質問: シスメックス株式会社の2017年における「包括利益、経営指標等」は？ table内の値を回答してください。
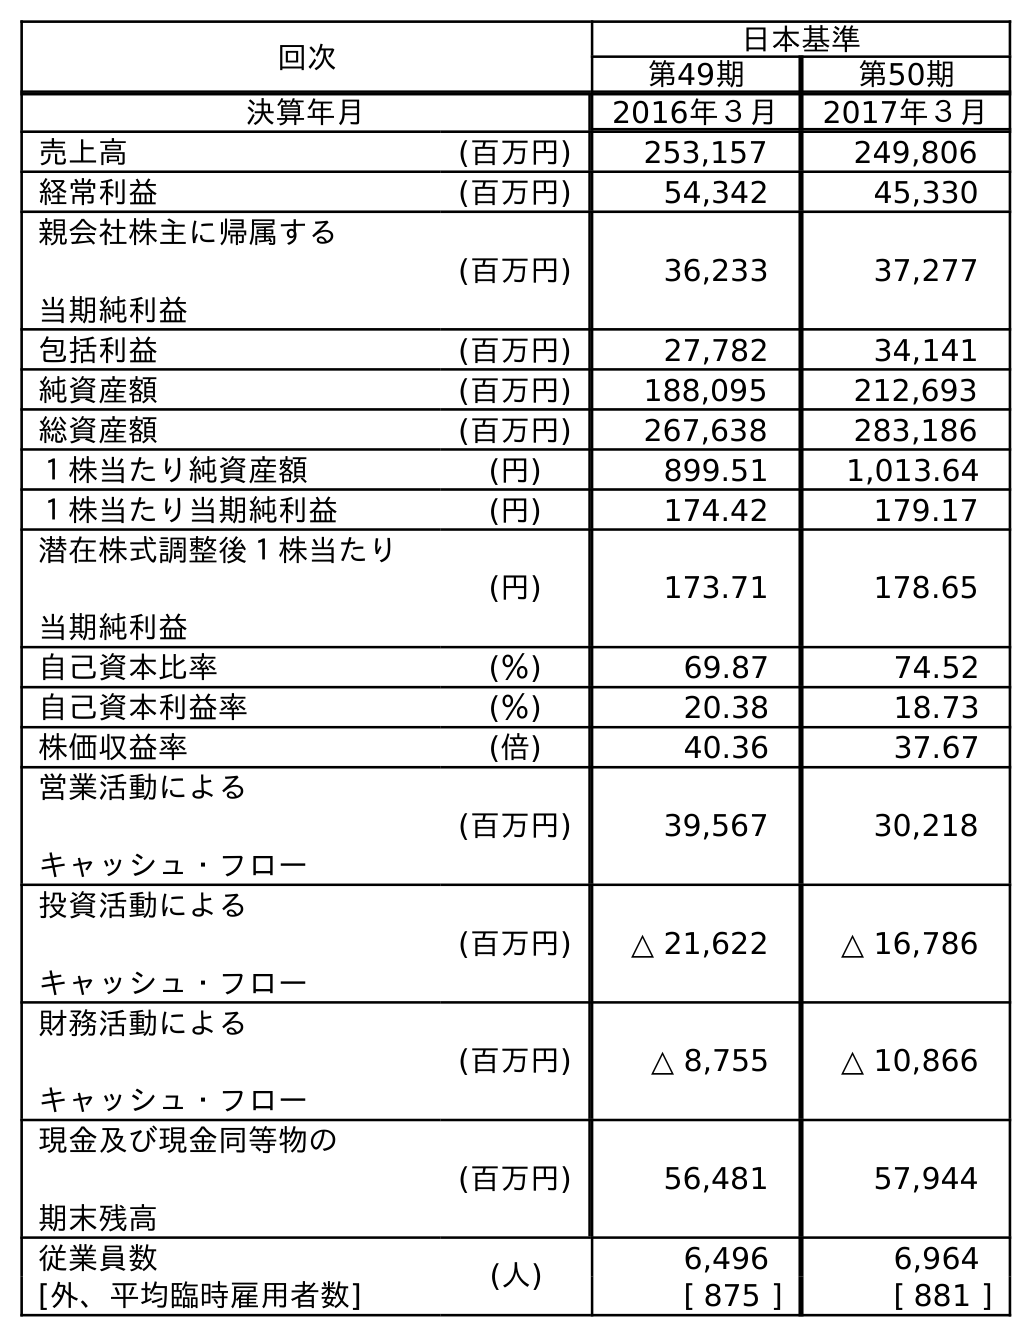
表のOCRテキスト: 回次 日本基準 第49期 第50期 決算年月 2016年３月 2017年３月 売上高 (百万円) 253,157 249,806 経常利益 (百万円) 54,342 45,330 親会社株主に帰属する 当期純利益 (百万円) 36,233 37,277 包括利益 (百万円) 27,782 34,141 純資産額 (百万円) 188,095 212,693 総資産額 (百万円) 267,638 283,186 １株当たり純資産額 (円) 899.51 1,013.64 １株当たり当期純利益 (円) 174.42 179.17 潜在株式調整後１株当たり 当期純利益 (円) 173.71 178.65 自己資本比率 (％) 69.87 74.52 自己資本利益率 (％) 20.38 18.73 株価収益率 (倍) 40.36 37.67 営業活動による キャッシュ・フロー (百万円) 39,567 30,218 投資活動による キャッシュ・フロー (百万円) △ 21,622 △ 16,786 財務活動による キャッシュ・フロー (百万円) △ 8,755 △ 10,866 現金及び現金同等物の 期末残高 (百万円) 56,481 57,944 従業員数 (人) 6,496 6,964 [外、平均臨時雇用者数] [ 875 ] [ 881 ]
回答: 34,141